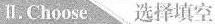
11.Choose 选择填空